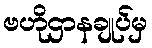
ဗဟိုဌာနချုပ်မှ